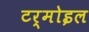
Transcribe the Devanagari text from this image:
टर्मोइल